Leaving Certificate Examination, 1902
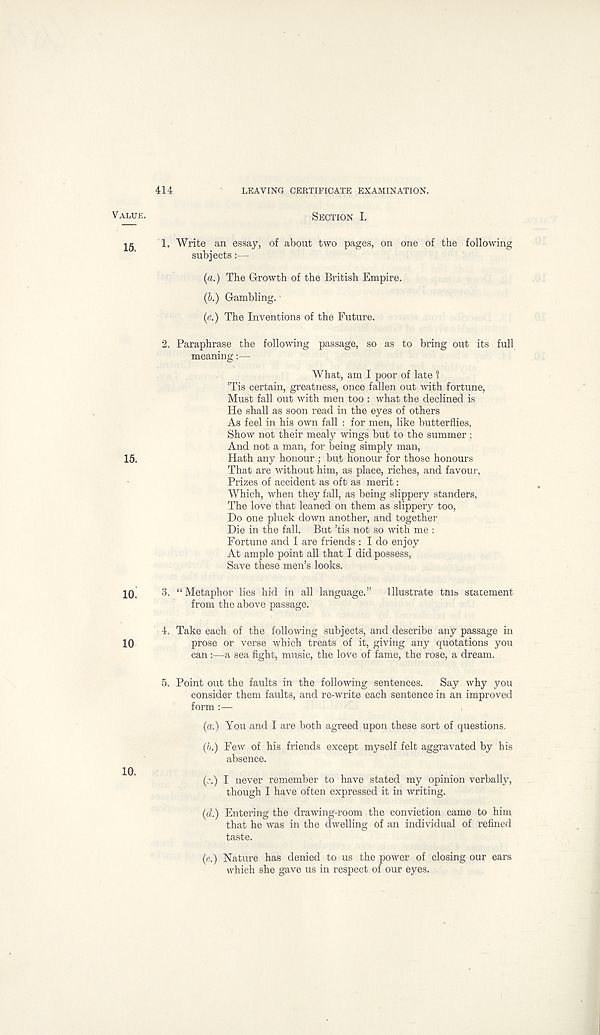
414
LEAVING CERTIFICATE EXAMINATION.
VALUE.
SECTION I.
15.
!• Write an essay, of about two pages, on one of the following
subjects:—
{a.) The Growth of the British Empire.
(6.) Gambling. •
(c.) The Inventions of the Future.
2. Paraphrase the following passage, so as to bring out its full
meaning:—
What, am I poor of late 1
’Tis certain, greatness, once fallen out with fortune,
Must fall out with men too : what the declined is
He shall as soon read in the eyes of others
As feel in his own fall : for men, like butterflies,
Show not their mealy wings but to the summer ;
And not a man, for being simply man,
15.
Hath any honour ; but honour for those honours
That are without him, as place, riches, and favour,
Prizes of accident as oft as merit:
Which, when they fall, as being slippery standers,
The love that leaned on them as slippery too,
Do one pluck down another, and together
Die in the fall. But ’tis not so with me :
Fortune and I are friends : I do enjoy
At ample point all that I did possess,
Save these men’s looks.
10.
3. “Metaphor lies hid in all language.”
Illustrate tins statement
from the above passage.
4. Take each of the following subjects, and describe any passage in
10
prose or verse which treats of it, giving any quotations you
can:—a sea fight, music, the love of fame, the rose, a dream.
5. Point out the faults in the following sentences.
Say why you
consider them faults, and re-write each sentence in an improved
form :—
(a.) You and I are both agreed upon these sort of questions.
(b.) Few of his friends except myself felt aggravated by his
absence.
(.;■.) I never remember to have stated my opinion verbally,
though I have often expressed it in writing.
(d.) Entering the drawing-room the conviction came to him
that he was in the dwelling of an individual of refined
taste.
(e.) Nature has denied to us the power of closing our ears
which she gave us in respect of our eyes.